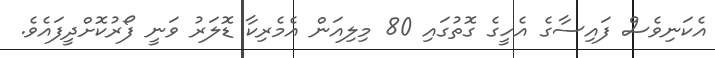
އެކަނިވެސް ފައިސާގެ އެހީގެ ގޮތުގައި 80 މިލިއަން އެމެރިކާ ޑޮލަރު ވަނީ ފޯރުކޮށްދީފައެވެ.